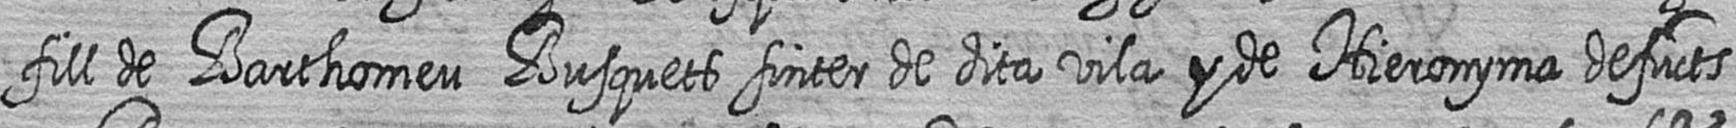
fill de Barthomeu Busquets sinter de dita vila y de Hieronyma defucts